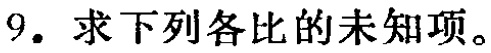
9. 求下列各比的未知项。